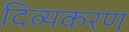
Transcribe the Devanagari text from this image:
दिव्यकरण